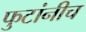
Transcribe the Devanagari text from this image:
फुटांनीच